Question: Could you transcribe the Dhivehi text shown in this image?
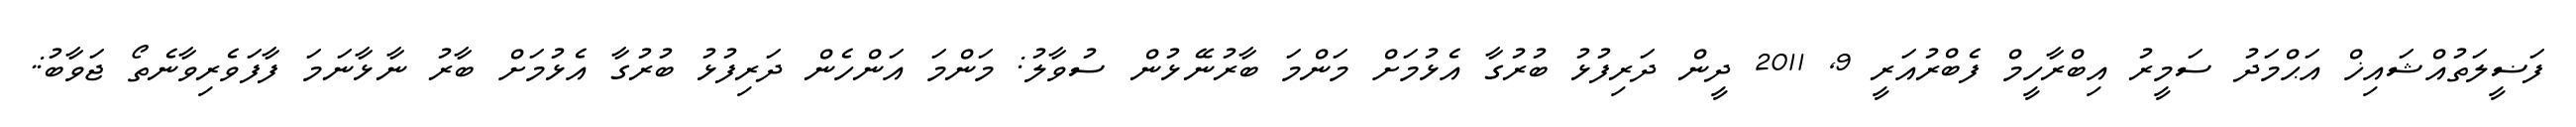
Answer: ފަޟީލަތުއްޝައިޚް އަޙްމަދު ސަމީރު އިބްރާހީމް ފެބްރުއަރީ 9, 2011 ދީން ދަރިފުޅު ބުރުގާ އެޅުމަށް މަންމަ ބާރުނޭޅުން ސުވާލު: މަންމަ އަންހެން ދަރިފުޅު ބުރުގާ އެޅުމަށް ބާރު ނާޅާނަމަ ފާފަވެރިވާނެތޯ ޖަވާބު:.